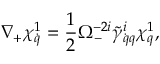
\nabla _ { + } \chi _ { \dot { q } } ^ { 1 } = \frac 1 2 \Omega _ { - } ^ { - 2 i } \tilde { \gamma } _ { \dot { q } q } ^ { i } \chi _ { q } ^ { 1 } ,